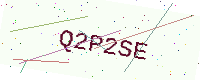
Text: Q2P2SE